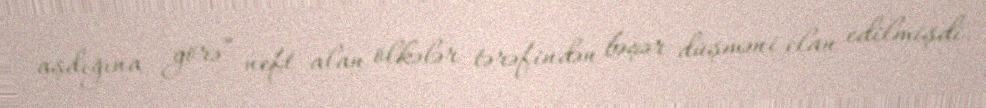
aşdığına görə” neft alan ölkələr tərəfindən bəşər düşməni elan edilmişdi.